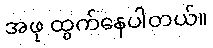
အဖု ထွက်နေပါတယ်။